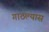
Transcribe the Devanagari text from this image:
गाठल्यास